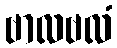
ဗာလဗလံ